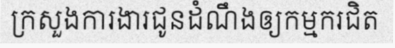
ក្រសួងការងារជូនដំណឹងឲ្យកម្មករជិត